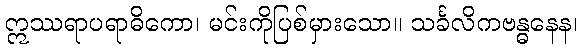
ဣဿရာပရာဓိကော၊ မင်းကိုပြစ်မှားသော။ သင်္ခလိကဗန္ဓနေန၊